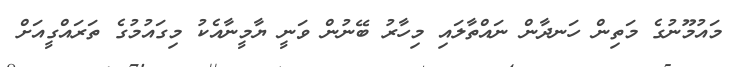
މައުމޫނުގެ މަތިން ހަނދާން ނައްތާލައި މިހާރު ބޭނުން ވަނީ ޔާމީނާއެކު މިގައުމުގެ ތަރައްގީއަށް